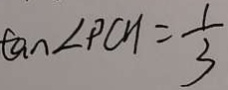
\tan \angle P C H = \frac { 1 } { 3 }